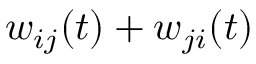
w _ { i j } ( t ) + w _ { j i } ( t )